Theory and practice of anti-rabic immunisation - Number 30
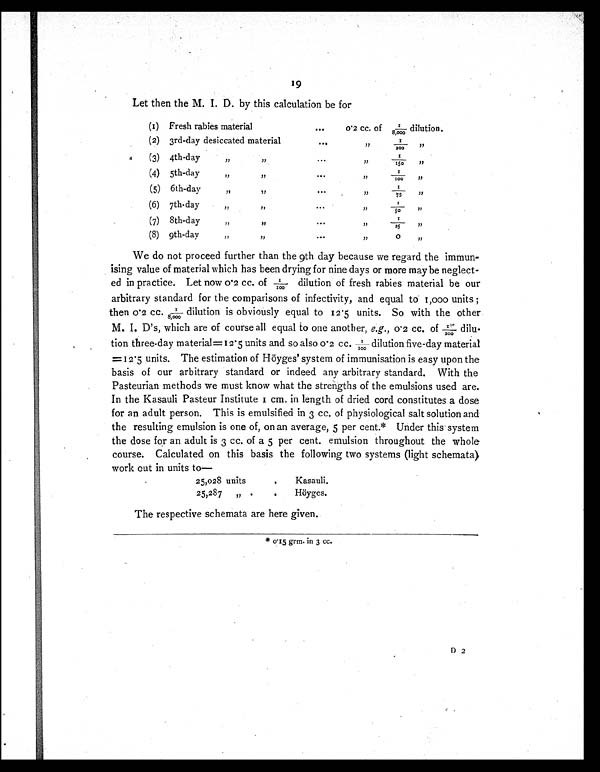
19
Let then the M. I. D. by this calculation be for
(1) Fresh rabies material
. . .
0.2 cc. of 1/8,000 dilution.
(2)
3rd-day desiccated material
. . .
,, 1/200 ,,
(3) 4th-day
,, ,,
. . .
, , 1 / 1 5 0 , ,
(4) 5th-day
,, ,,
. . .
, , 1 / 1 0 0 , ,
(5) 6th-day
,, ,,
. . .
, , 1 / 7 5 , ,
(6) 7th-day
,, ,,
. . .
, , 1 / 5 0 , ,
(7) 8th-day
,, ,,
. . .
, , 1 / 2 5 , ,
(8) 9th-day ,, ,,
...
,, 0 ,,
We do not proceed further than the 9th day because we regard the immun-
ising value of material which has been drying for nine days or more may be neglect-
ed in practice. Let now 0.2 cc. of 1/100 dilution of fresh rabies material be our
arbitrary standard for the comparisons of infectivity, and equal to 1,000 units ;
then 0.2 cc. 1/8,000 dilution is obviously equal to 12.5 units. So with the other.
M. I. D's, which are of course all equal to one another, e.g., 0.2 cc. of 1/200 dilu-
tion three-day material = 12.5 units and so also 0.2 cc. 1/100 dilution five-day material
=12.5 units. The estimation of Höyges' system of immunisation is easy upon the
basis of our arbitrary standard or indeed any arbitrary standard. With the
Pasteurian methods we must know what the strengths of the emulsions used are.
In the Kasauli Pasteur Institute 1 cm. in length of dried cord constitutes a dose
for an adult person. This is emulsified in 3 cc. of physiological salt solution and
the resulting emulsion is one of, on an average, 5 per cent.* Under this system
the dose for an adult is 3 cc. of a 5 per cent. emulsion throughout the whole
course. Calculated on this basis the following two systems (light schemata)
work cut in units to
–
25,028 units
. Kasauli.
25,287
„.
. Höyges.
The respective schemata are here given.
* 015 grm. in 3 cc.
D 2